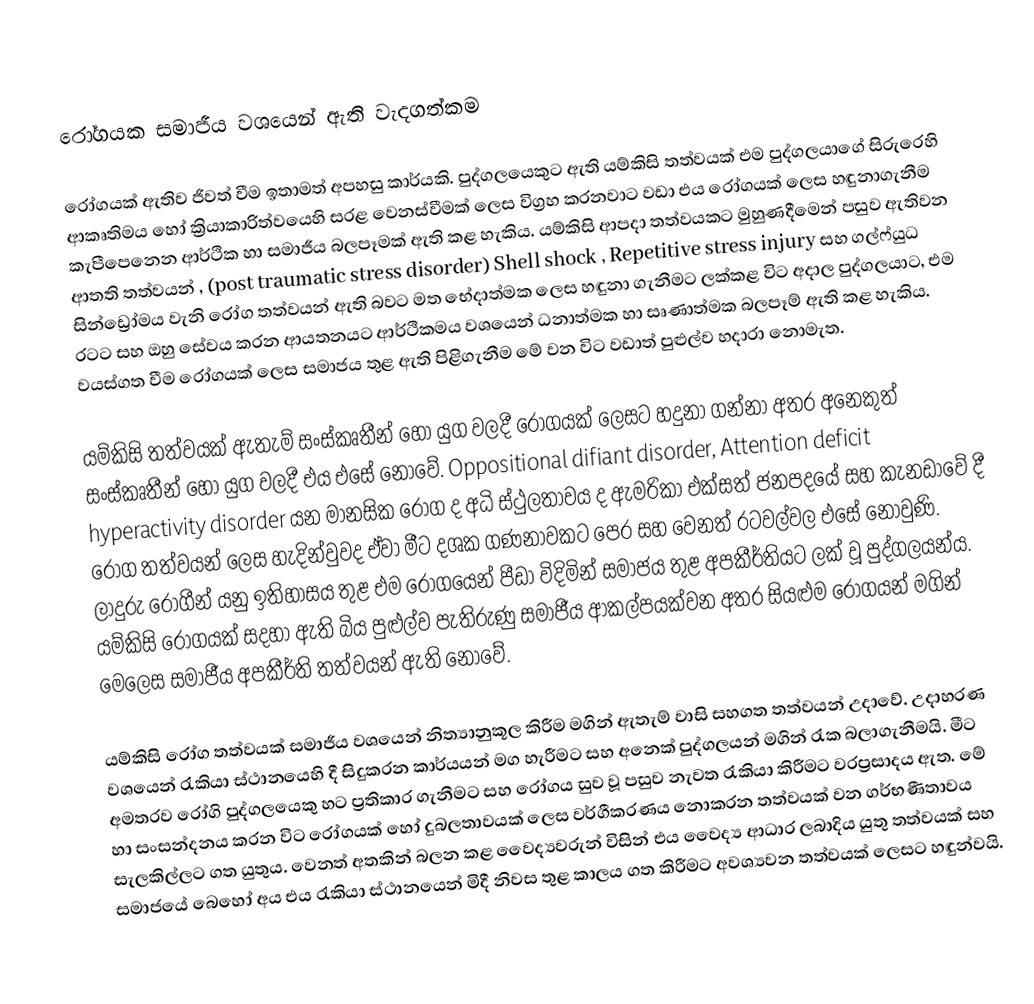

රෝගයක සමාජීය වශයෙන් ඇති වැදගත්කම

රෝගයක් ඇතිව ජිවත් වීම ඉතාමත් අපහසු කාර්යකි. පුද්ගලයෙකුට ඇති යම්කිසි තත්වයක් එම පුද්ගලයාගේ සිරුරෙහි ආකෘතිමය හෝ ක්‍රියාකාරිත්වයෙහි සරළ වෙනස්වීමක් ලෙස විග්‍රහ කරනවාට වඩා එය රෝගයක් ලෙස හඳුනාගැනීම කැපීපෙනෙන ආර්ථික හා සමාජීය බලපෑමක් ඇති කළ හැකිය. යම්කිසි ආපදා තත්වයකට මුහුණදීමෙන් පසුව ඇතිවන ආතති තත්වයන් , (post traumatic stress disorder)  Shell shock , Repetitive stress injury සහ ගල්ෆ්යුධ සින්ඩ්‍රෝමය වැනි රෝග තත්වයන් ඇති බවට මත භේදාත්මක ලෙස හඳුනා ගැනීමට ලක්කළ විට අදාල පුද්ගලයාට, එම රටට සහ ඔහු සේවය කරන ආයතනයට ආර්ථිකමය වශයෙන් ධනාත්මක හා සෘණාත්මක බලපෑම් ඇති කළ හැකිය. වයස්ගත වීම රෝගයක් ලෙස සමාජය තුළ ඇති පිළිගැනීම මේ වන විට වඩාත් පුළුල්ව හදාරා නොමැත.

යම්කිසි තත්වයක් ඇතැම් සංස්කෘතීන් හෝ යුග වලදී රෝගයක් ලෙසට හදුනා ගන්නා අතර අනෙකුත් සංස්කෘතීන් හෝ යුග වලදී එය එසේ නොවේ.  Oppositional difiant disorder, Attention deficit hyperactivity disorder යන මානසික රෝග ද අධි ස්ථුලතාවය ද ඇමරිකා එක්සත් ජනපදයේ සහ කැනඩාවේ දී රෝග තත්වයන් ලෙස හැදින්වුවද ඒවා මීට දශක ගණනාවකට පෙර සහ වෙනත් රටවල්වල එසේ නොවුණි.  ලාදුරු රෝගීන් යනු ඉතිහාසය තුළ එම රෝගයෙන් පීඩා විදිමින් සමාජය තුළ අපකීර්තියට ලක් වූ පුද්ගලයන්ය. යම්කිසි රෝගයක් සදහා ඇති බිය පුළුල්ව පැතිරුණු සමාජීය ආකල්පයක්වන අතර සියළුම රෝගයන් මගින් මෙලෙස සමාජීය අපකීර්ති තත්වයන් ඇති නොවේ.

යම්කිසි රෝග තත්වයක් සමාජීය වශයෙන් නිත්‍යානුකූල කිරීම මගින් ඇතැම් වාසි සහගත තත්වයන් උදාවේ. උදාහරණ වශයෙන් රැකියා ස්ථානයෙහි දී සිදුකරන කාර්යයන් මග හැරීමට සහ අනෙක් පුද්ගලයන් මගින් රැක බලාගැනීමයි. මීට අමතරව රෝගි පුද්ගලයෙකු හට ප්‍රතිකාර ගැනීමට සහ රෝගය සුව වූ පසුව නැවත රැකියා කිරීමට වරප්‍රසාදය ඇත. මේ හා සංසන්දනය කරන විට රෝගයක් හෝ දුබලතාවයක් ලෙස වර්ගීකරණය නොකරන තත්වයක් වන ගර්භණීතාවය සැලකිල්ලට ගත යුතුය. වෙනත් අතකින් බලන කළ වෛද්‍යවරුන් විසින් එය වෛද්‍ය ආධාර  ලබාදිය යුතු තත්වයක් සහ සමාජයේ බෙහෝ අය එය රැකියා ස්ථානයෙන් මිදී නිවස තුළ කාලය ගත කිරීමට අවශ්‍යවන තත්වයක් ලෙසට හඳුන්වයි.